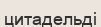
цитадельді